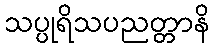
သပ္ပုရိသပညတ္တာနိ